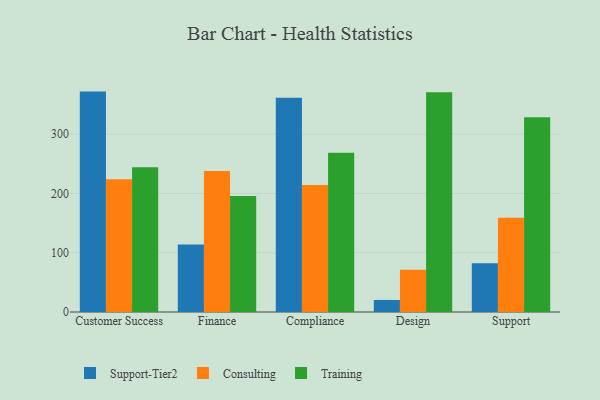
{"axis": {"x": "Department", "y": "Population (Million)"}, "legend": ["Consulting", "Support-Tier2", "Training"], "data": [{"x": "Customer Success", "y": 371.6, "type": "Support-Tier2"}, {"x": "Customer Success", "y": 224.0, "type": "Consulting"}, {"x": "Customer Success", "y": 244.1, "type": "Training"}, {"x": "Finance", "y": 113.8, "type": "Support-Tier2"}, {"x": "Finance", "y": 237.9, "type": "Consulting"}, {"x": "Finance", "y": 195.7, "type": "Training"}, {"x": "Compliance", "y": 361.1, "type": "Support-Tier2"}, {"x": "Compliance", "y": 214.3, "type": "Consulting"}, {"x": "Compliance", "y": 268.7, "type": "Training"}, {"x": "Design", "y": 20.3, "type": "Support-Tier2"}, {"x": "Design", "y": 71.2, "type": "Consulting"}, {"x": "Design", "y": 370.4, "type": "Training"}, {"x": "Support", "y": 82.2, "type": "Support-Tier2"}, {"x": "Support", "y": 159.1, "type": "Consulting"}, {"x": "Support", "y": 328.3, "type": "Training"}]}